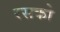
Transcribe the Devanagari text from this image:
रसको